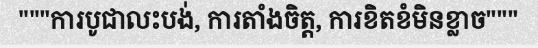
"""ការបូជាលះបង់, ការតាំងចិត្ត, ការខិតខំមិនខ្លាច"""